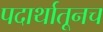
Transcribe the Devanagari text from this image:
पदार्थातूनच